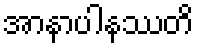
အာနာပါနဿတိ